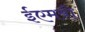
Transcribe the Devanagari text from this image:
ईएमवी